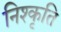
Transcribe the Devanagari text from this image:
निश्कृति